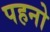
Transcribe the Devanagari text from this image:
पहनो